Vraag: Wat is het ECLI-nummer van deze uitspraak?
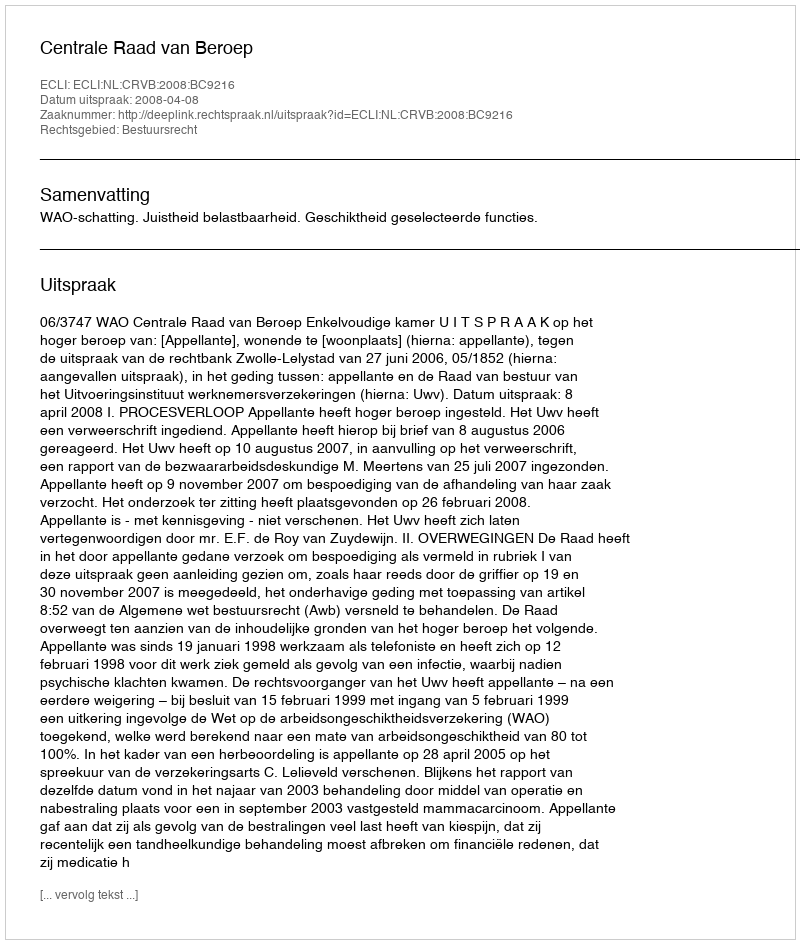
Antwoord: ECLI:NL:CRVB:2008:BC9216